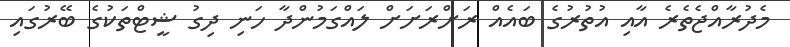
މެދުރާއްޖެތެރެ އާއި އުތުރުގެ ބައެއް ރަށްރަށަށް ލައްގަމުންދާ ހަނި ދިގު ޝީޓްތަކުގެ ބޭރުގައި